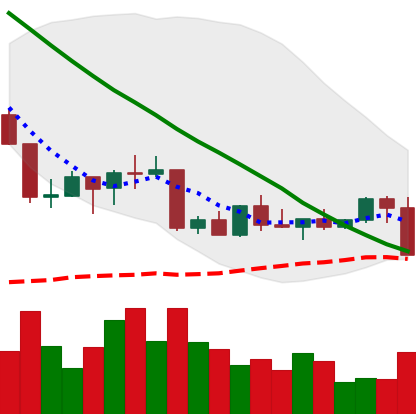
Ticker: NEO-USD
Chart end date: 2022-09-06
Forward return: 14.798%
Label: up_7plus